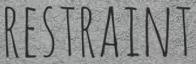
RESTRAINT